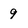
Character: 9